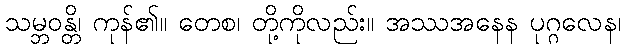
သမ္ဘဝန္တိ၊ ကုန်၏။ တေစ၊ တို့ကိုလည်း။ အဿအနေန ပုဂ္ဂလေန၊